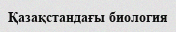
Қазақстандағы биология